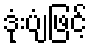
ဒုံးပျံဖြင့်